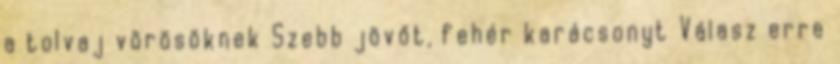
a tolvaj vörösöknek Szebb jövőt, fehér karácsonyt Válasz erre